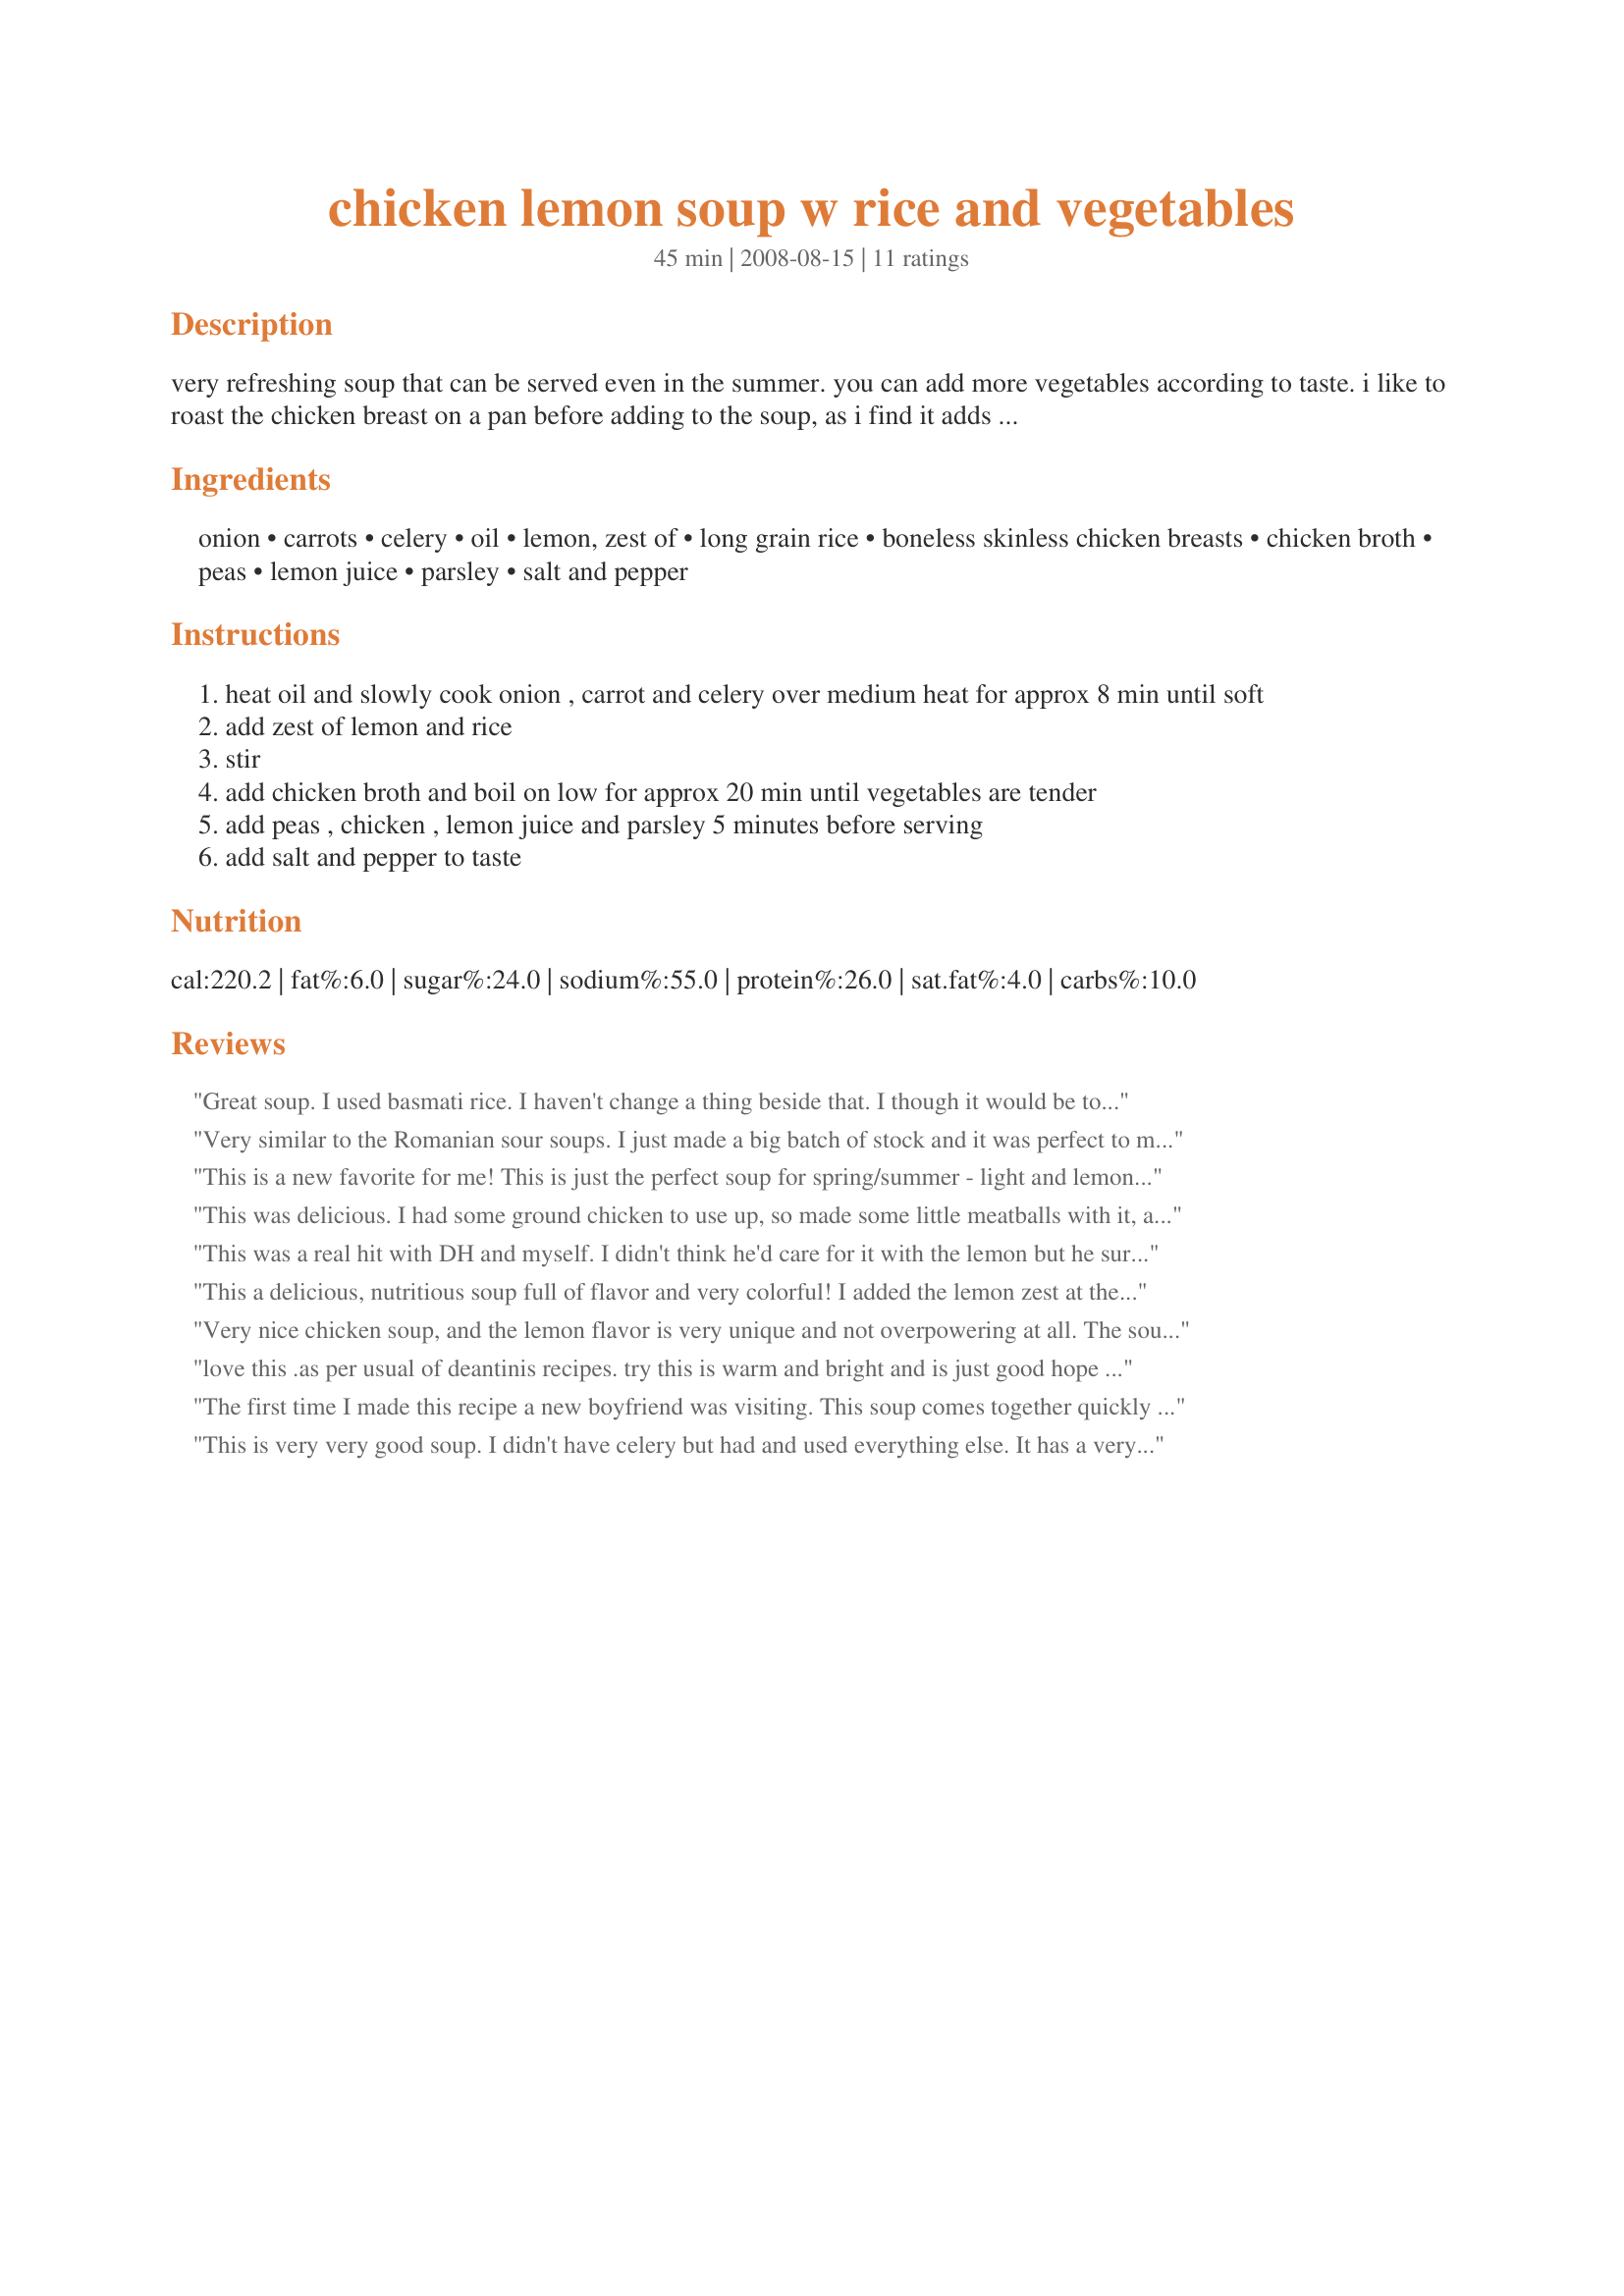
chicken lemon soup w rice and vegetables
Preparation time: 45 minutes

very refreshing soup that can be served even in the summer. you can add more vegetables according to taste. i like to roast the chicken breast on a pan before adding to the soup, as i find it adds a bit more flavour.

Ingredients:
onion, carrots, celery, oil, lemon, zest of, long grain rice, boneless skinless chicken breasts, chicken broth, peas, lemon juice, parsley, salt and pepper

Steps:
heat oil and slowly cook onion , carrot and celery over medium heat for approx 8 min until soft
add zest of lemon and rice
stir
add chicken broth and boil on low for approx 20 min until vegetables are tender
add peas , chicken , lemon juice and parsley 5 minutes before serving
add salt and pepper to taste

Reviews:
Great soup. I used basmati rice. I haven't change a thing beside that. I though it would be too much lemon but no. Great flavors. Even my son liked it. Thanks Deantini :) Made for Market tag game
Very similar to the Romanian sour soups. I just made a big batch of stock and it was perfect to make this. I was using vermicelli till now , but I liked the rice as well. Lemon zest was a first too and it added more flavor.Thanks
This is a new favorite for me! This is just the perfect soup for spring/summer - light and lemony. I made this recipe exactly as posted and couldn't have been more pleased. Thanks for sharing! Made for ZWT7.
This was delicious. I had some ground chicken to use up, so made some little meatballs with it, and then browned those first. I even liked the celery in this, usually I don't. I put the meatballs in with the broth, since they were raw. I also used a bay leaf and a few whole peppercorns, both of which add a lot of flavor to these types of soups. No frozen peas at home, so I diced up some zucchini, which was great with the other ingredients. The only other thing I did differently was to add a squeeze of lemon after the soup was plated. I made about half the recipe, which was two generous servings.Perfect on a snowy day.
This was a real hit with DH and myself. I didn't think he'd care for it with the lemon but he surprised me a lot and loved it. Very simple to put together and it made a great dinner with corn bread on a very dank and wet evening. I used brown rice and a mix of orange, red and white carrots so it was colorful as well as yummy.
This a delicious, nutritious soup full of flavor and very colorful! I added the lemon zest at the end of cooking with the fresh parsley. It is really helpful to cooks having the ingredients listed in order as written in the directions. I used leftover roasted chicken and it does add another layer to the soup. Thanks for posting! Reviewed for ZWT 2009.
Very nice chicken soup, and the lemon flavor is very unique and not overpowering at all. The soup turned out quite thick and filling. I added the lemon zest as described in the directions, then noticed the note in the description of the recipe...not sure if I did it right or not. Regardless, it turned out very tastey. Thanks for posting. Made for Zaar 123 Tag.
love this .as per usual of deantinis recipes. try this is warm and bright and is just good hope you are having fun playing game miss you .dee zaar world tour 8 dog gone stars grrr
The first time I made this recipe a new boyfriend was visiting. This soup comes together quickly if you have all the ingredients ready. I asked my new friend to zest the lemon and chop the cooked chicken into bite sized pieces. I quickly threw together Irish Soda bread and popped it in the oven. The bread and soup were ready at the same time and Oh,My....he was so impressed. He loved the taste of lemon in the soup and so did I. I have now made this soup 4 times. I make it exactly as written... IT's definitely a favorite.
This is very very good soup. I didn't have celery but had and used everything else. It has a very fresh taste from the lemon and it's not the least bit overpowering; I actually doubled the lemon juice! Made for Went to the Market. Thanks!
Wow, we really enjoyed this! I doubled the recipe and added green beans and cabbage instead of doubling the chicken. Since we've been playing ZWT my crew has just about had their fill of rice, so I subbed in some tiny star pasta, which the kids loved. I wouldn't change a thing about this soup; it is truly delicious and the lemon adds a depth of flavor that really surprised me. I am not a fan of citrus mixed with savory foods, but it really works here. Thanks, Deantini! Made for ZWT 7 for the Vivacious Violets.
